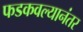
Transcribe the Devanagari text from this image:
फडकवल्यानंतर